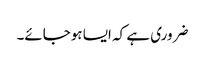
ضروری ہے کہ ایسا ہوجائے۔